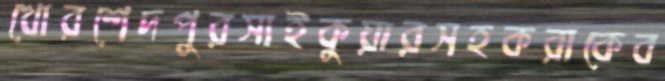
খোরশেদপুরসাইকুয়ারসহকরাকেব